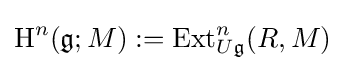
\mathrm {H} ^{n}({\mathfrak {g}};M):=\mathrm {Ext} _{U{\mathfrak {g}}}^{n}(R,M)